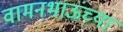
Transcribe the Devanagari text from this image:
वामनभाऊंच्या